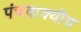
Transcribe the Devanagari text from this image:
पंचवाक्यीय